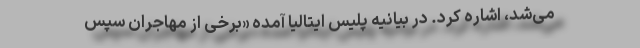
می‌شد، اشاره کرد. در بیانیه پلیس ایتالیا آمده «برخی از مهاجران سپس